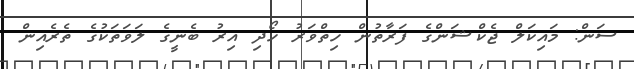
ސަން: މައިކަލް ޖެކްޝަންގެ ފަރާތުން ހިތްވަރު ހޯދި އިރު ބެނީގެ ލަވަތަކުގެ ތެރެއިން